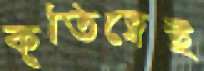
কৃতিত্বেই